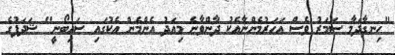
"ހިނގާދަމާ ސަމަރު ވެސް އަހަރުމެންނާއެކު ދާންވާނެ މިއަދު އެންމެން އެކުގައި ސައިބޯނީ" ޝަދަފުގެ